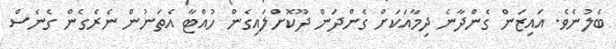
ބެލުނެވެ. އައިޒަން ގެންދާނެ ދިމާއަކަށް ގެންދަން ދޫކޮށްލައިގެން ހުއްޓާ އެތަނުން ނެރެގެން ގެނެސް